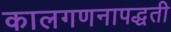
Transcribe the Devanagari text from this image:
कालगणनापद्धती